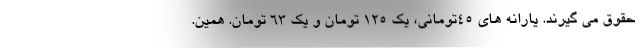
حقوق می گیرند. یارانه های ۴۵تومانی، یک ۱۲۵ تومان و یک ۶۳ تومان. همین.